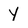
Character: y